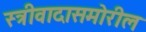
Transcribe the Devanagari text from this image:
स्त्रीवादासमोरील